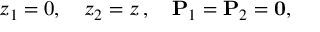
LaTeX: z _ { 1 } = 0 , \quad z _ { 2 } = z \, , \quad \mathbf { P } _ { 1 } = \mathbf { P } _ { 2 } = \mathbf { 0 } ,